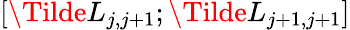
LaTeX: [\Tilde{L}_{j,j+1};\Tilde{L}_{j+1,j+1}]